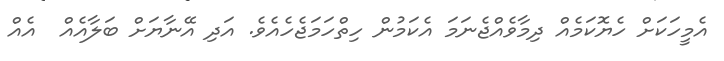
އެމީހަކަށް ހެޔޮކަމެއް ދިމާވެއްޖެނަމަ އެކަމުން ހިތްހަމަޖެހެއެވެ. އަދި އޭނާޔަށް ބަލާއެއް  އެއް